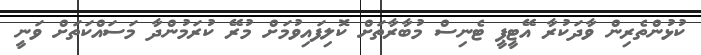
ކުޅުންތެރިން ވާދަކުރާ އޭޓީޕީ ޓެނިސް މުބާރާތަށް ކޮލިފައިވުމަށް މުރޭ ކުރަމުންދާ މަސައްކަތަށް ވަނީ